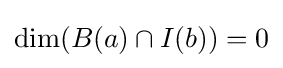
\dim(B(a)\cap I(b))=0